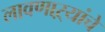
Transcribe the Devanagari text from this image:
लावणाऱ्यांचे